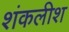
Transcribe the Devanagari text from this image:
शंकलीश